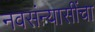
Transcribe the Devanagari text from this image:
नवसंन्यासींचा